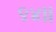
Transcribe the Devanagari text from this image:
९४।।